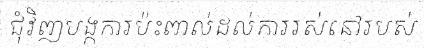
ជុំវិញបង្កការប៉ះពាល់ដល់ការរស់នៅរបស់